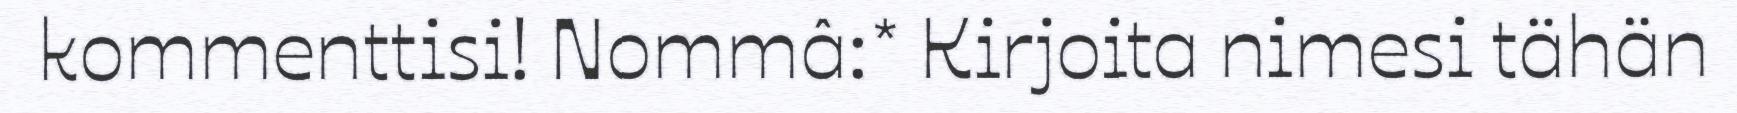
kommenttisi! Nommâ:* Kirjoita nimesi tähän